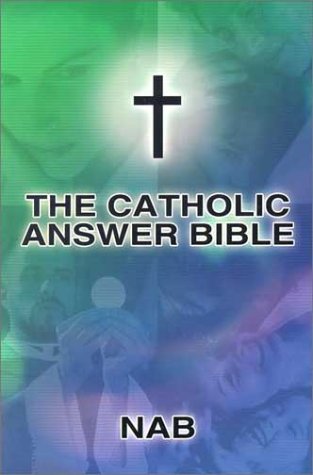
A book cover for Catholic Answer Bible; Our Sunday Visitor; Christian Books & Bibles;